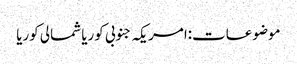
موضوعات:امریکہ جنوبی کوریا شمالی کوریا